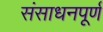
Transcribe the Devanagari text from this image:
संसाधनपूर्ण